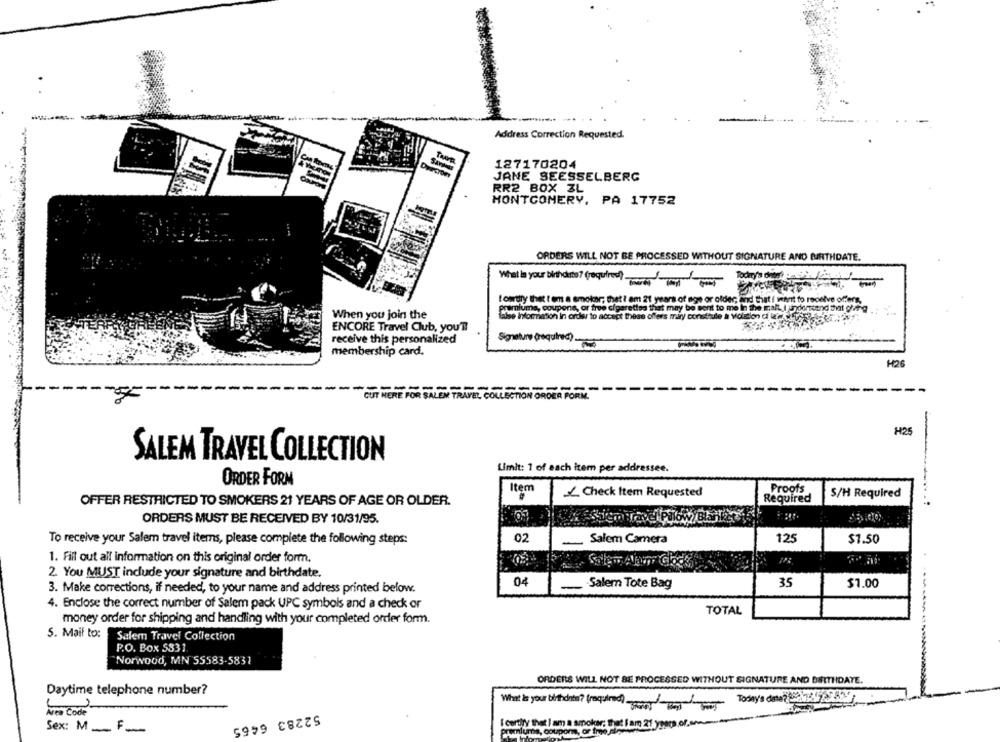
Address Correction Requested.
127170204
JANE SEESSELBERG
RR2 BOX ZL
MONTGOMERY, PA 17752
ORDERS WILL NOT BE PROCESSED WITHOUT SIGNATURE AND BIRTHDATE.
What Is your blindate? (required)
I owtry that I em a smoker; that ? am 21 years of age or older, and that i want to receive offers,
premiume, coupons, or free cigarettes that may be sent to me In the mall. I understand that ohiing
When you join the
laise Information In order to accept these offers mary construle a volution daich-Es
ENCORE Travel Club, you'T
receive this personalized
membership card.
H26
CUT HERE FOR SALEM TRAVEL, COLLECTION ORDER FORM.
H25
SALEM TRAVEL COLLECTION
Umit: 1 of each item per addressee.
ORDER FORM
Item
Proofs
/ Check Item Requested
Required
S/H Required
OFFER RESTRICTED TO SMOKERS 21 YEARS OF AGE OR OLDER.
ORDERS MUST BE RECEIVED BY 10/31/95.
To receive your Salem travel items, please complete the following steps:
02
Salem Camera
125
$1.50
1. Fill out all information on this original order form.
2. You MUST include your signature and birthdate.
Salem Tote Bag
35
$1.00
3. Make corrections, if needed, to your name and address printed below.
4. Enclose the correct number of Salem pack UPC symbols and a check or
TOTAL
------
money order for shipping and handling with your completed order form.
5. Mail to:
Salem Travel Collection
P.O. Box 5831
Norwood, MN 55583-5831
ORDERS WILL NOT BE PROCESSED WITHOUT SIGNATURE AND BEITHDAYE.
Daytime telephone number?
Today's date? 2-34-2233
Area Code
What is your bitcoin? (required)
52283 6465
I centry that I am a smoker; that I am 21 years of an
Sex: M_F_
Promlums, coupons, or tre Ble